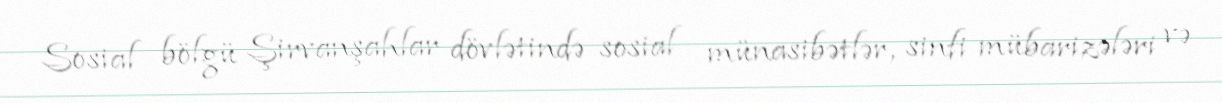
Sosial bölgü Şirvanşahlar dövlətində sosial münasibətlər, sinfi mübarizələri və